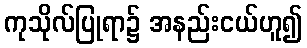
ကုသိုလ်ပြုရာ၌ အနည်းငယ်ဟူ၍